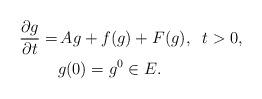
LaTeX: \begin{align*} \frac{\partial g}{\partial t} = &\,A g + f (g) + F(g), \;\; t > 0, \\&g(0) = g^0 \in E.\end{align*}